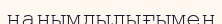
нанымдылығымен